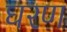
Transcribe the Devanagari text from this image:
घरण